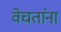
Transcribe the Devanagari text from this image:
वेचतांना